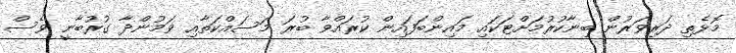
މޮޅެތި ދަރިވަރުން ބިނާކުރުމަށްޓަކައި މައިންބަފައިން ކުރައްވާ ބުރަ މަސައްކަތާއި ވަމުންދާ ގުރުބާނީ ވެސް